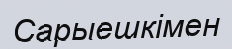
Сарыешкімен